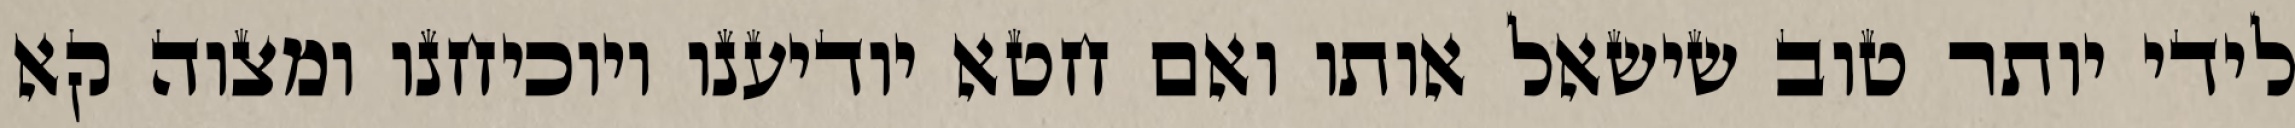
לידי יותר טוב שישאל אותו ואם חטא יודיענו ויוכיחנו ומצוה קא